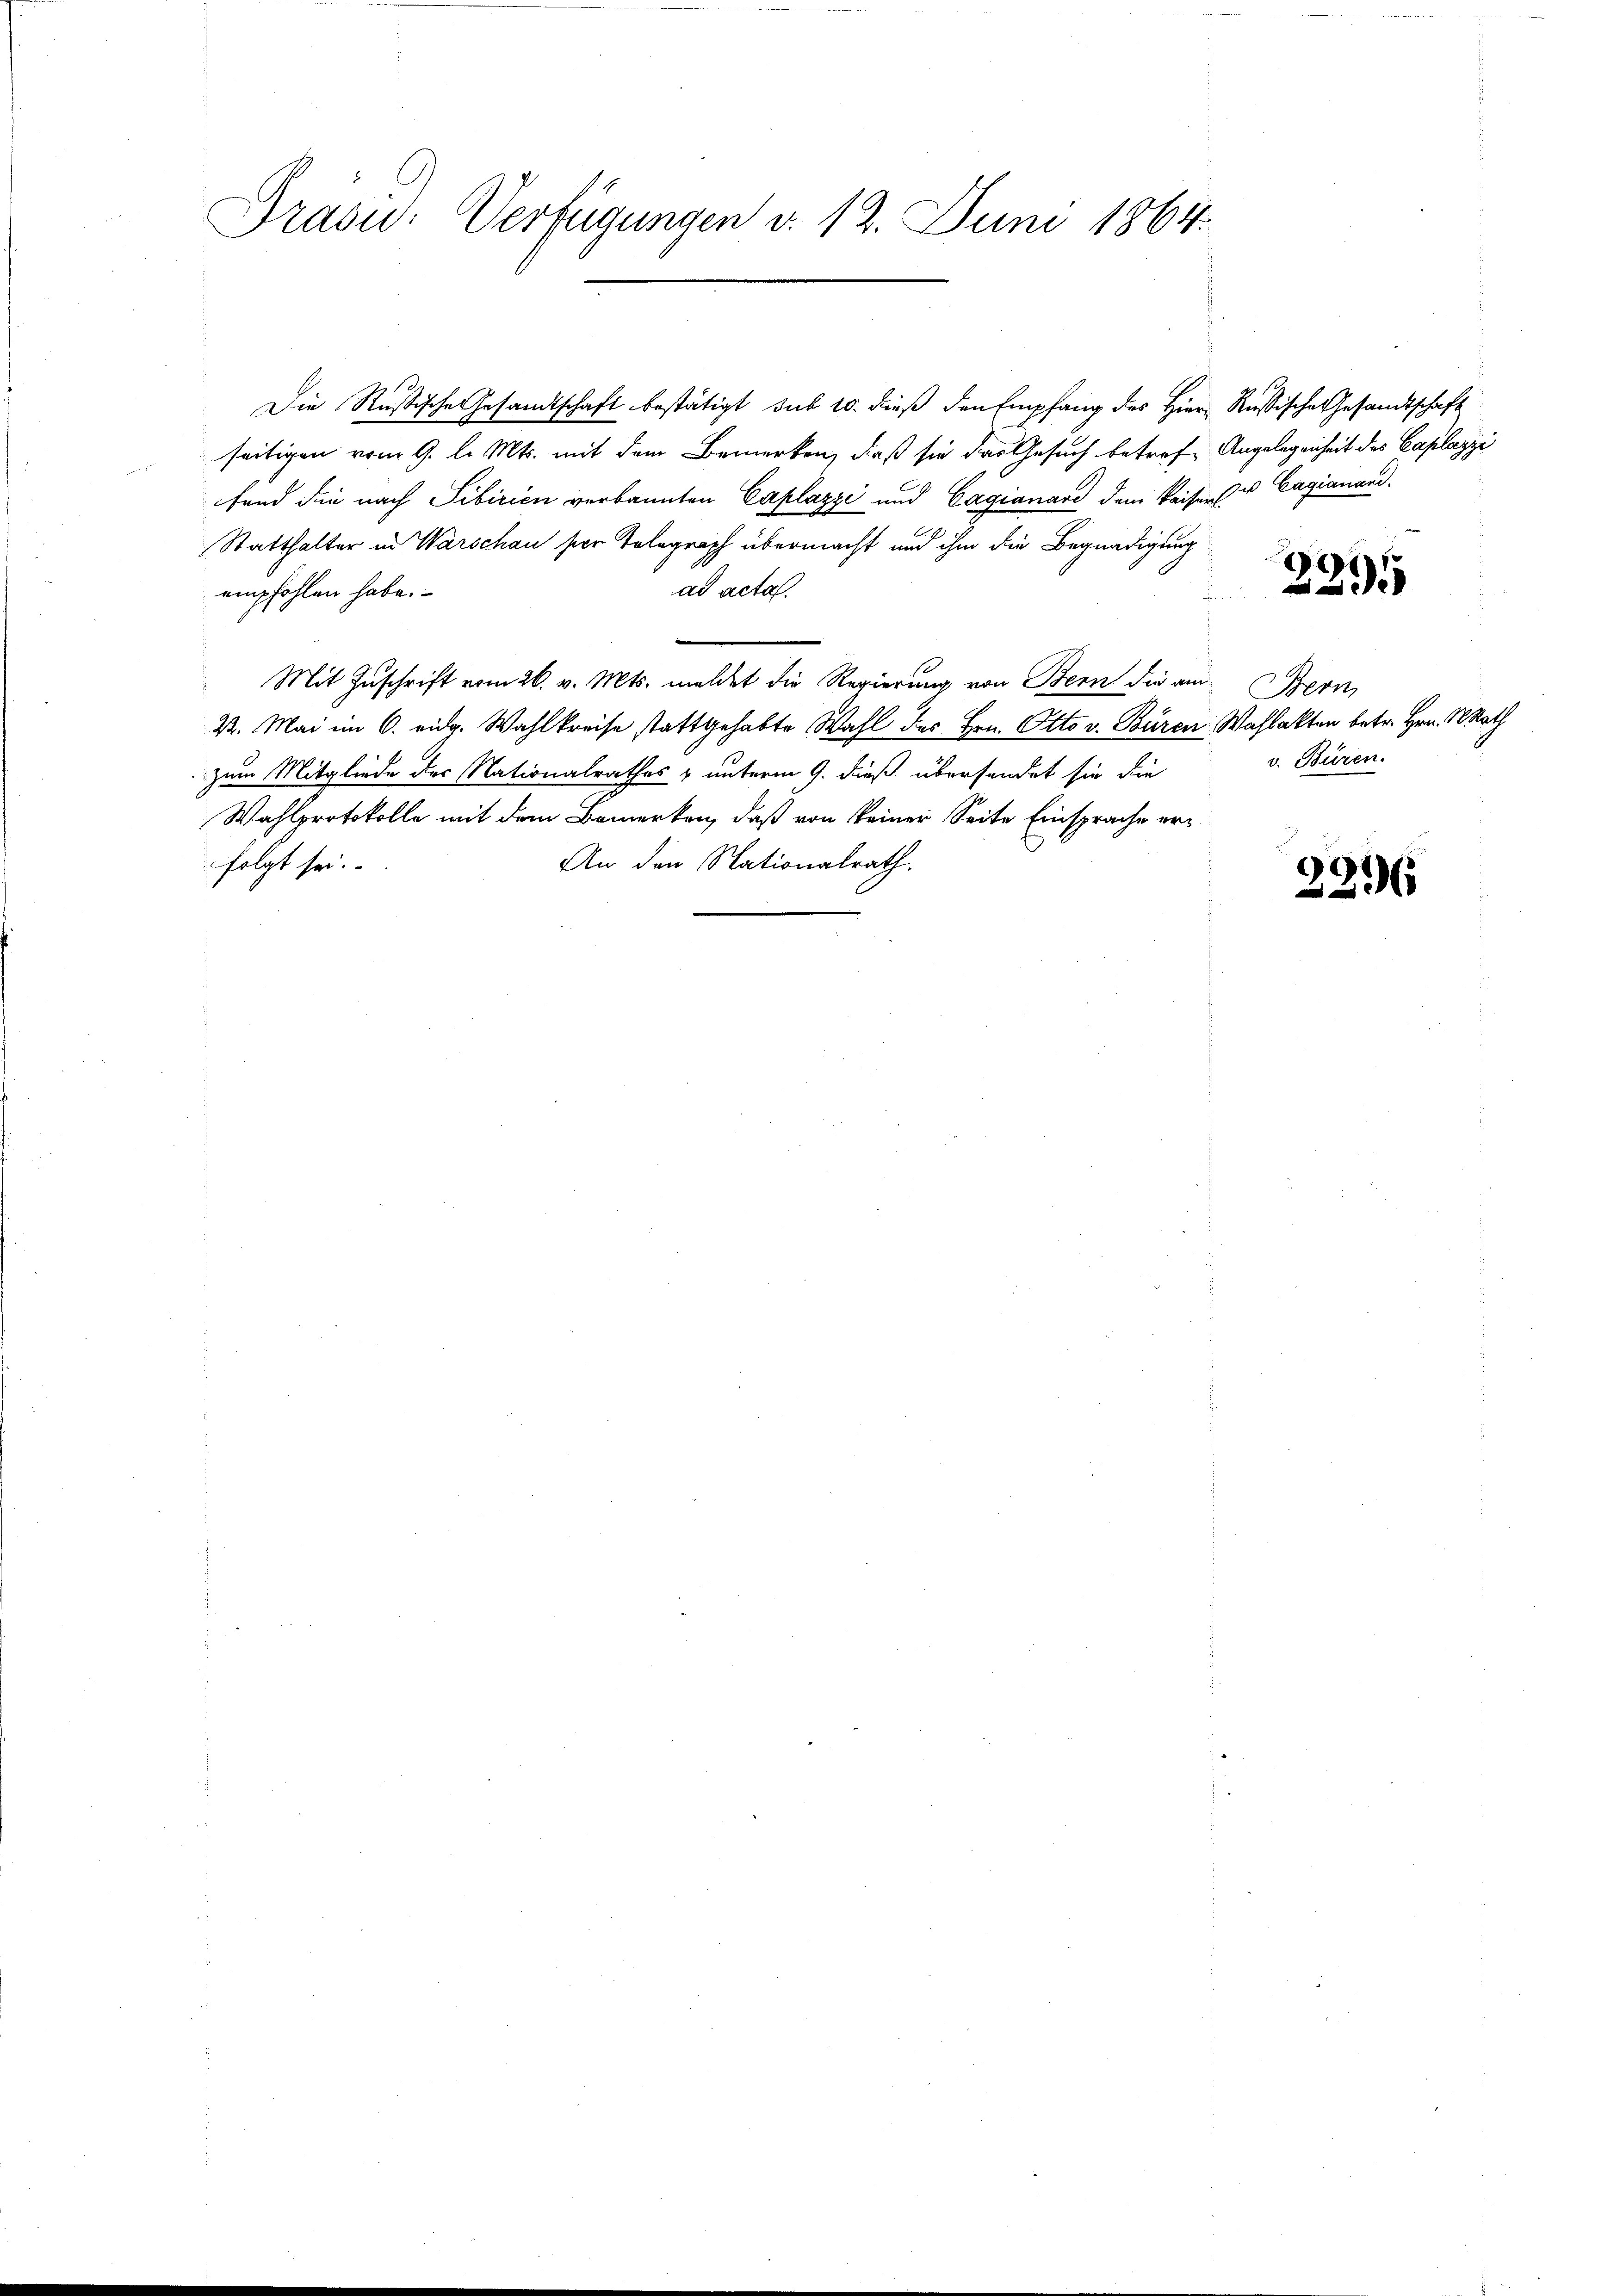
Grasw: Verfügungen d. 12. Juni 1864.

Die Rußische Gesandtschaft bestätigt sub 10. dieß den Empfang des Hiern Rußische Gesandtschaft
seitigen vom 9. l. Mts. mit dem Bemerken, daß sie das Gesuch betref Angelegenheit des Caplazzi
fand die nach Tibirien verkannten Caplazzi und Cagianard dem Kaisen & Cagianand.
Statthalter in Warschau ser Telegraph übermacht und ihm die Begnadigung
empfohlen habe.
ad acta.
Mit Zuschrift vom 26. v. Mts. meldet die Regierung von Bern die am
K. Mai im 6. eidg. Wahlkreise stattgehabte Wahl des Hrn. Otto v. Büren Wahlakten betr. Hrn. Math
zum Mitgliede der Nationalrathes & unterm 9. dieß übersendet sie die
Wahlprotokolle mit dem Bemerken, daß von keiner Seite Einsprache er¬
An den Nationalrath.
folgt sei.

2295

Bern,
v. Büren.

e
236